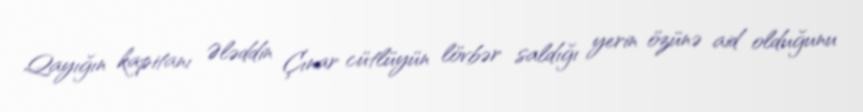
Qayığın kapitanı Ələddin Çınar cütlüyün lövbər saldığı yerin özünə aid olduğunu